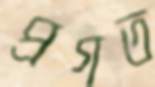
প্রগত